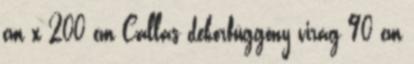
cm x 200 cm Callas dekorfüggöny virág 90 cm